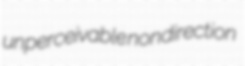
unperceivable nondirection